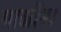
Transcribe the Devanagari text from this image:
माळींना